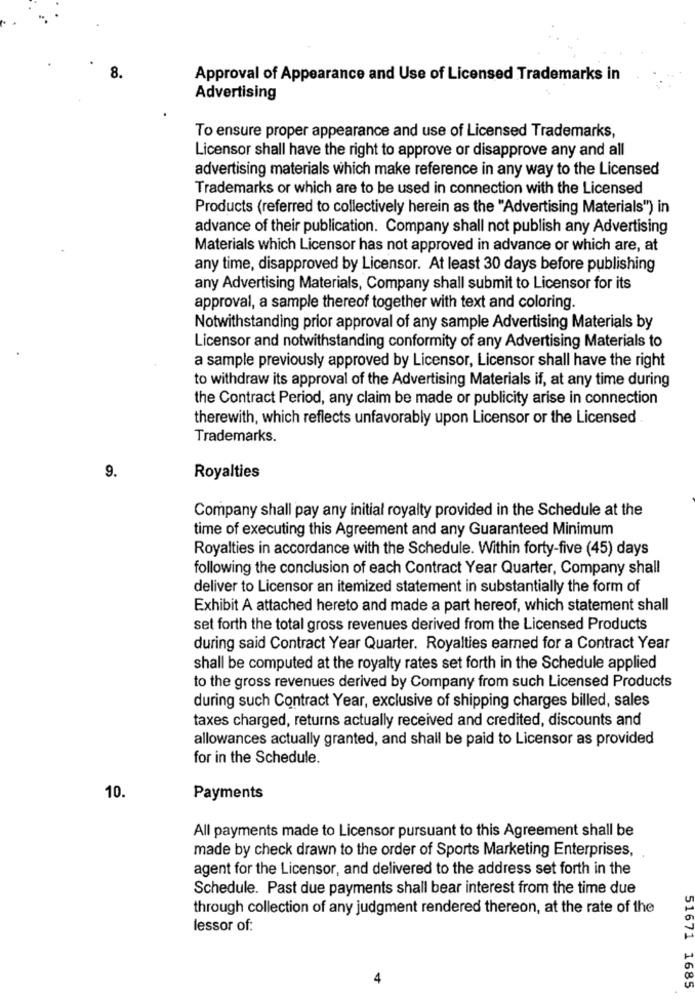
8.
Approval of Appearance and Use of Licensed Trademarks in
Advertising
To ensure proper appearance and use of Licensed Trademarks,
Licensor shall have the right to approve or disapprove any and all
advertising materials which make reference in any way to the Licensed
Trademarks or which are to be used in connection with the Licensed
Products (referred to collectively herein as the "Advertising Materials") in
advance of their publication. Company shall not publish any Advertising
Materials which Licensor has not approved in advance or which are, at
any time, disapproved by Licensor. At least 30 days before publishing
any Advertising Materials, Company shall submit to Licensor for its
approval, a sample thereof together with text and coloring.
Notwithstanding prior approval of any sample Advertising Materials by
Licensor and notwithstanding conformity of any Advertising Materials to
a sample previously approved by Licensor, Licensor shall have the right
to withdraw its approval of the Advertising Materials if, at any time during
the Contract Period, any claim be made or publicity arise in connection
therewith, which reflects unfavorably upon Licensor or the Licensed
Trademarks.
9.
Royalties
Company shall pay any initial royalty provided in the Schedule at the
time of executing this Agreement and any Guaranteed Minimum
Royalties in accordance with the Schedule. Within forty-five (45) days
following the conclusion of each Contract Year Quarter, Company shall
deliver to Licensor an itemized statement in substantially the form of
Exhibit A attached hereto and made a part hereof, which statement shall
set forth the total gross revenues derived from the Licensed Products
during said Contract Year Quarter. Royalties earned for a Contract Year
shall be computed at the royalty rates set forth in the Schedule applied
to the gross revenues derived by Company from such Licensed Products
during such Contract Year, exclusive of shipping charges billed, sales
taxes charged, returns actually received and credited, discounts and
allowances actually granted, and shall be paid to Licensor as provided
for in the Schedule.
10
Payments
All payments made to Licensor pursuant to this Agreement shall be
made by check drawn to the order of Sports Marketing Enterprises,
agent for the Licensor, and delivered to the address set forth in the
Schedule. Past due payments shall bear interest from the time due
through collection of any judgment rendered thereon, at the rate of the
lessor of:
51671
4
1685